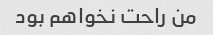
من راحت نخواهم بود